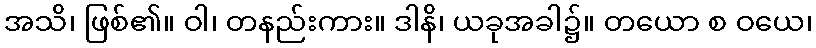
အသိ၊ ဖြစ်၏။ ဝါ၊ တနည်းကား။ ဒါနိ၊ ယခုအခါ၌။ တယော စ ဝယေ၊